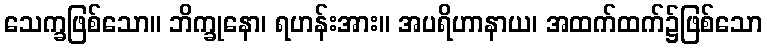
သေက္ခဖြစ်သော။ ဘိက္ခုနော၊ ရဟန်းအား။ အပရိဟာနာယ၊ အထက်ထက်၌ဖြစ်သော